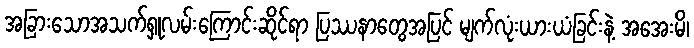
အခြားသောအသက်ရှုလမ်းကြောင်းဆိုင်ရာ ပြဿနာတွေအပြင် မျက်လုံးယားယံခြင်းနဲ့ အအေးမိ၊